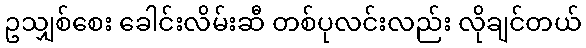
ဥသျှစ်စေး ခေါင်းလိမ်းဆီ တစ်ပုလင်းလည်း လိုချင်တယ်